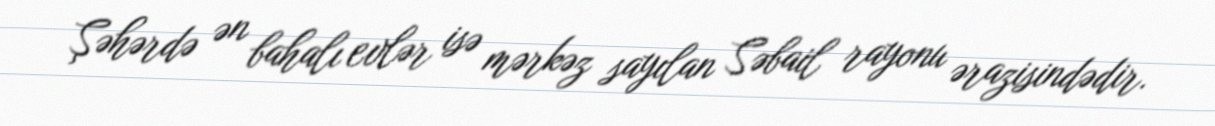
Şəhərdə ən bahalı evlər isə mərkəz sayılan Səbail rayonu ərazisindədir.